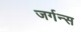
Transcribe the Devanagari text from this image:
जर्गन्स